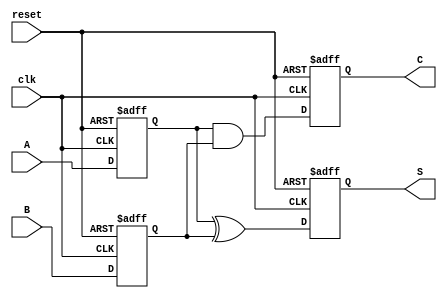
module sequential_half_adder (
    input wire clk,       // Clock input
    input wire reset,     // Reset input
    input wire A,         // First input bit
    input wire B,         // Second input bit
    output reg S,         // Sum output
    output reg C          // Carry output
);

    // Internal registers to hold the state of inputs A and B
    reg A_reg;
    reg B_reg;

    // Sequential logic to store inputs on the rising edge of the clock
    always @(posedge clk or posedge reset) begin
        if (reset) begin
            // Reset the stored values and outputs
            A_reg <= 1'b0;
            B_reg <= 1'b0;
            S <= 1'b0;
            C <= 1'b0;
        end else begin
            // Store the current inputs
            A_reg <= A;
            B_reg <= B;

            // Compute the outputs based on the stored values
            S <= A_reg ^ B_reg; // Sum: A XOR B
            C <= A_reg & B_reg; // Carry: A AND B
        end
    end

endmodule